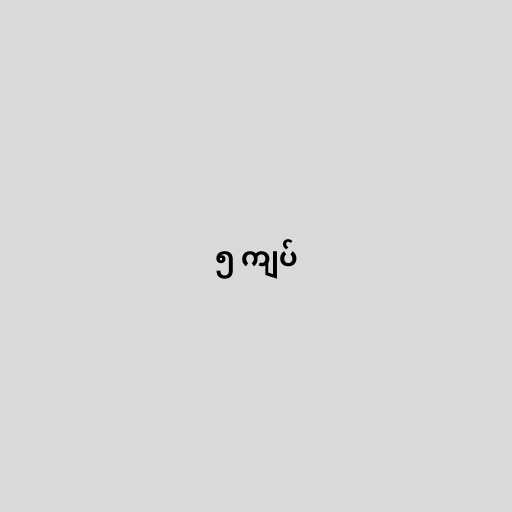
၅ ကျပ်